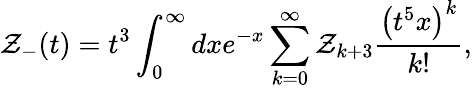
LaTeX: {\cal Z}_{-}(t)={t^{3}}\int_{0}^{\infty}dxe^{-x}\sum_{k=0}^{\infty}{\cal Z}_{k+3}{\frac{\left(t^{5}x\right)^{k}}{k!}},